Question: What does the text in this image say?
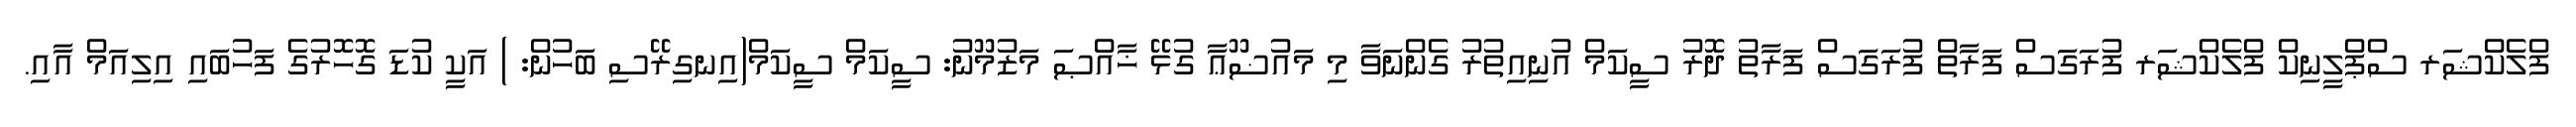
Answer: ފްލެކްޝަރ ސްޕްލީނިކް ފްލެކްޝަރ ފުރަގަސް ފަރާތް ފުރަގަސް ފަރާތު ދޮރު ސީކަމް އުނިއިތުރު ގެންނަވާ މި މައުޟޫޢާ ގުޅޭ ޚާއްޞަ މަޒުމޫނު: ސީކަމް ސީކަމް(އިނގިރޭސި ބަހުން: ) އަކީ ކުޑަ ގޮހޮރުގެ ފަހުބައި އިލިއަމް އާއި.